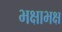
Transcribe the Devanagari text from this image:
भक्षाभक्ष